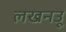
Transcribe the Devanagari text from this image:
लखनउू